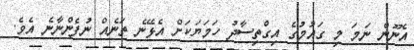
އެނޫން ނަމަ މި ގައުމުގެ އިގްތިސާދު ހަމަޔަކަށް އެޅޭނެ ތަނެއް ނުފެންނާނެ އެވެ.